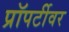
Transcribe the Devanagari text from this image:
प्रॉपर्टीवर